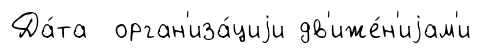
Да́та орган'иза́циjи дв'иже́н'иjам'и